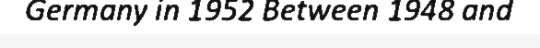
Germany in 1952 Between 1948 and